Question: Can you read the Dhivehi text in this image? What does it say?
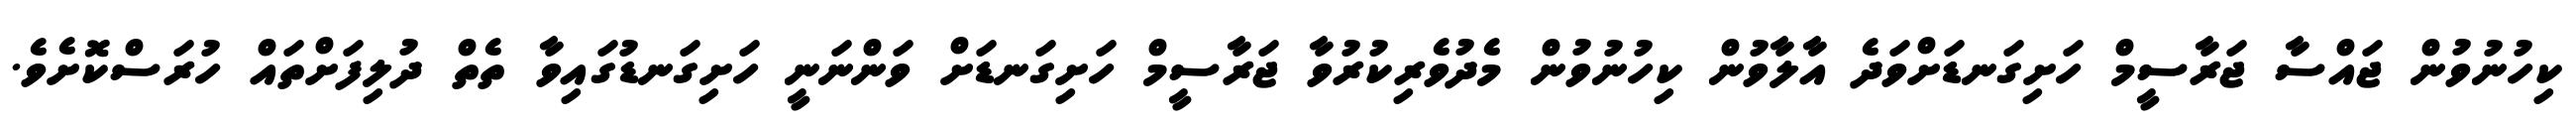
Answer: ކިހުނުވުން ޖައްސާ ޖަރާސީމް ހަށިގަނޑަށްވަދެ އާލާވުން ކިހުނުވުން މެދުވެރިކުރުވާ ޖަރާސީމް ހަށިގަނޑަށް ވަންނަނީ ހަށިގަނޑުގައިވާ ތެތް ދުލިފަށްތައް ހުރަސްކޮށެވެ.